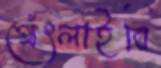
থেঁৎলাইবি